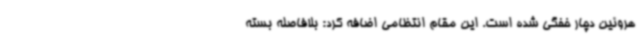
هروئین دچار خفگی شده است. این مقام انتظامی اضافه کرد: بلافاصله بسته